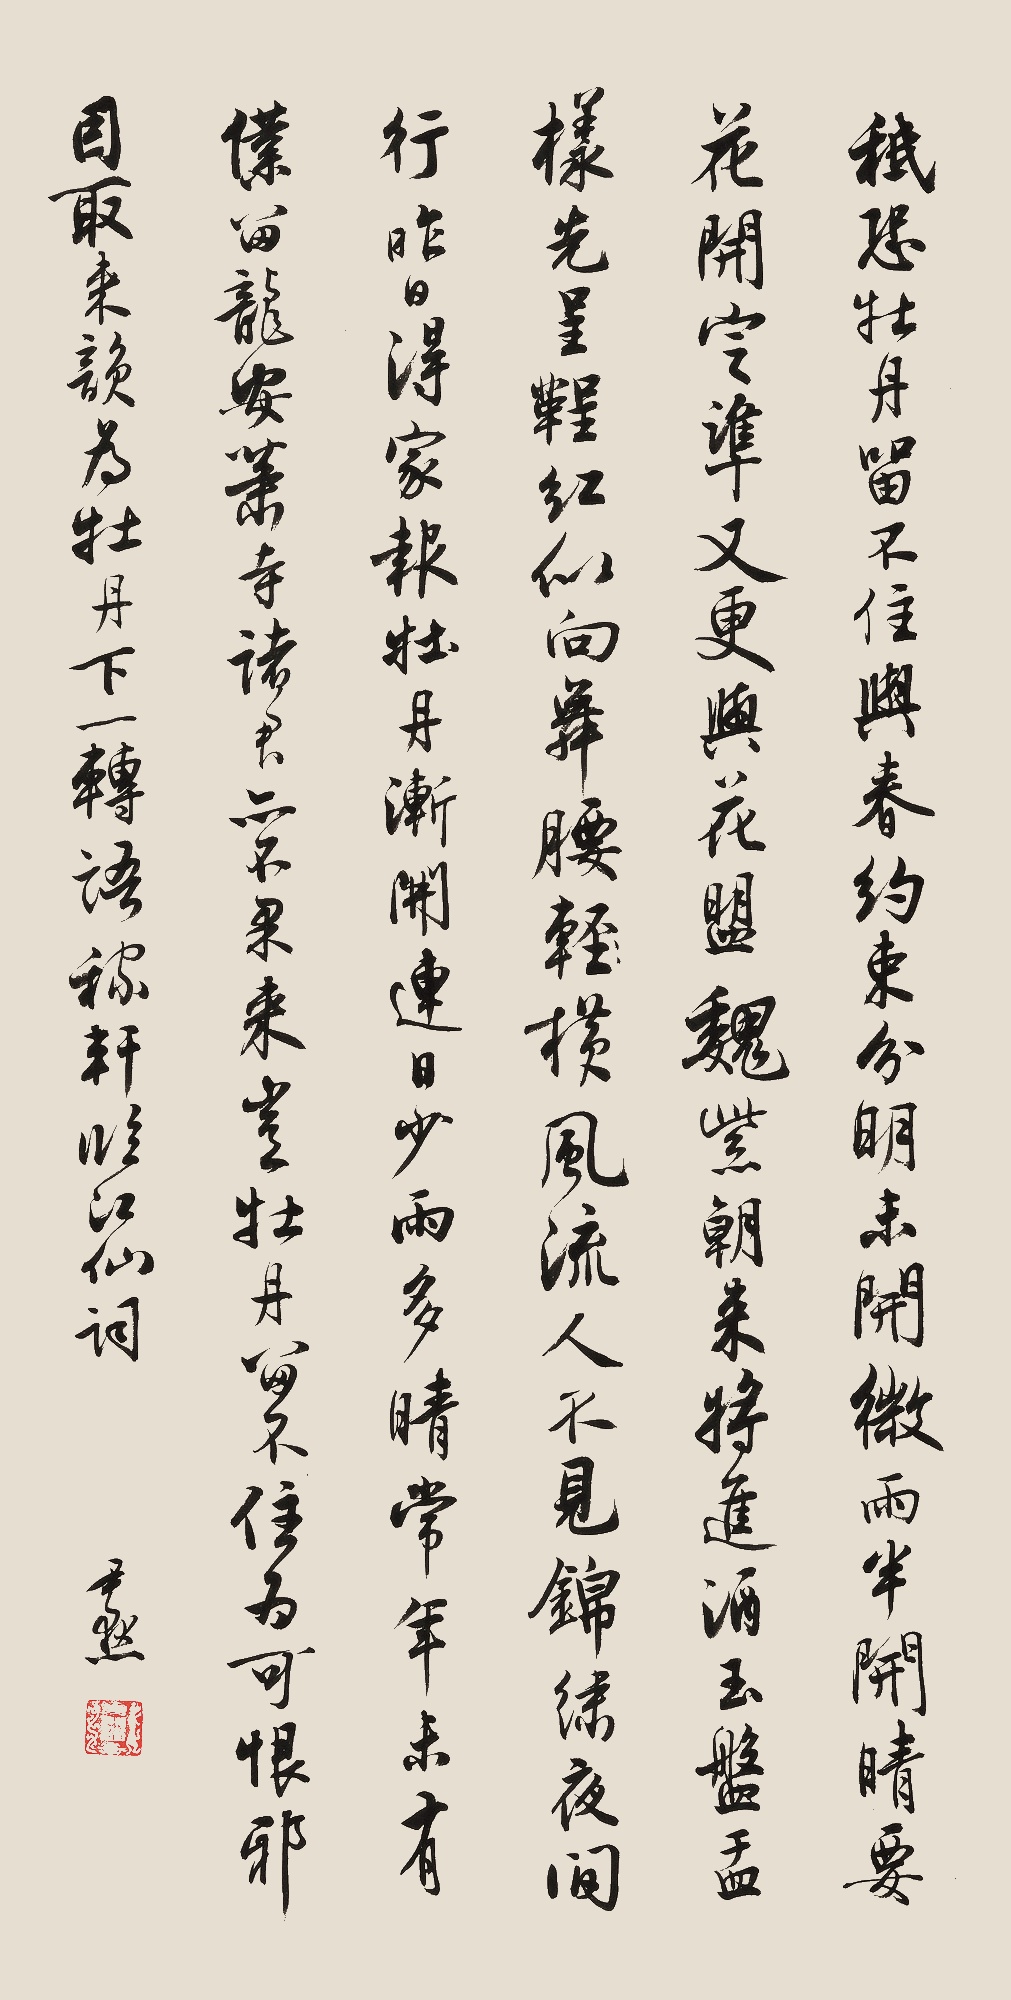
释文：只恐牡丹留不住，与春约束分明。未开微雨半开晴。要花开定准，又更与花盟。魏紫朝来将进酒，玉盘盂样先呈。鞓红似向舞腰横。风流人不见，锦绣夜间行。昨日得家报，牡丹渐开，连日少雨多晴，常年未有。仆留龙安萧寺，诸君亦不果来，岂牡丹留不住为可恨耶？因取来韵，为牡丹下一转语。稼轩临江仙词。尹默。